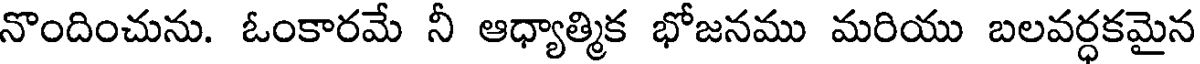
నొందించును. ఓంకారమే నీ ఆధ్యాత్మిక భోజనము మరియు బలవర్ధకమైన